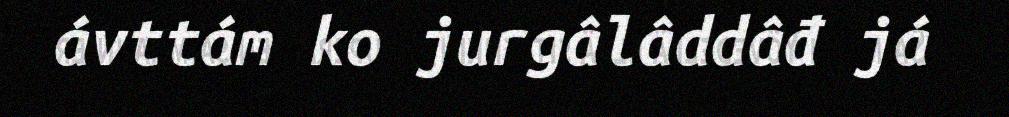
ávttám ko jurgâlâddâđ já